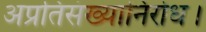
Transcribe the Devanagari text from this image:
अप्रतिसंख्यानिरोध।